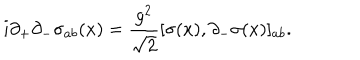
{ i \partial _ { + } \partial _ { - } \sigma _ { a b } ( x ) = { \frac { g ^ { 2 } } { \sqrt { 2 } } } [ \sigma ( x ) , \partial _ { - } \sigma ( x ) ] _ { a b } } .